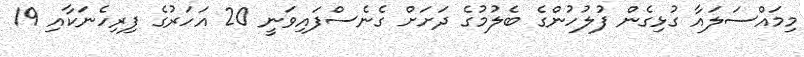
މިމައްސަލައާ ގުޅިގެން ފުލުހުންގެ ބެލުމުގެ ދަށަށް ގެނެސްފައިވަނީ 20 އަހަރުގެ ފިރިހެނަކާއި 19